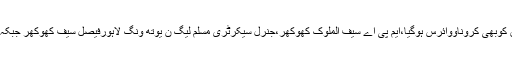
( عمراسلم) کروناوائرس کےوارجاری، سابق صوبائی وزیرصحت خواجہ سلمان رفیق کوبھی کروناووائرس ہوگیا،ایم پی اے سیف الملوک کھوکھر،جنرل سیکرٹری مسلم لیگ ن یوتھ ونگ لاہورفیصل سیف کھوکھر جبکہ ایم پی یاسین سوہل کےبیٹوں اعشارب سوہل ،حارث سوہل کوبھی کرواناوائرس ہوگیا۔